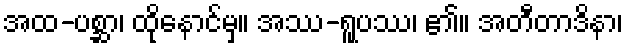
အထ-ပစ္ဆာ၊ ထိုနောင်မှ။ အဿ-ရူပဿ၊ ၏။ အတီတာဒိနာ၊